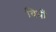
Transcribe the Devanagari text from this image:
विधीं